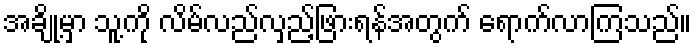
အချို့မှာ သူ့ကို လိမ်လည်လှည့်ဖြားရန်အတွက် ရောက်လာကြသည်။